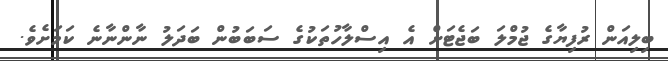
ބިލިއަން ރުފިޔާގެ ޖުމްލަ ބަޖެޓަށް އެ އިސްލާހުތަކުގެ ސަބަބުން ބަދަލު ނާންނާނެ ކަމަށެވެ.